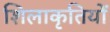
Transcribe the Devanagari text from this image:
शिलाकृतियों